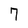
Character: 7